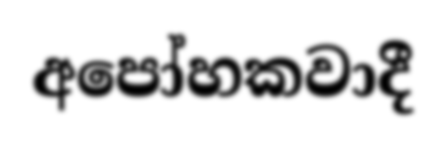
අපෝහකවාදී